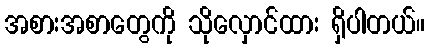
အစားအစာတွေကို သိုလှောင်ထား ရှိပါတယ်။